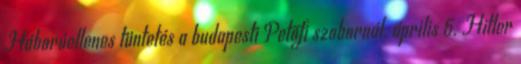
Háborúellenes tüntetés a budapesti Petõfi szobornál. április 5. Hitler